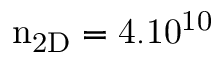
\mathrm { n _ { 2 D } = 4 . 1 0 ^ { 1 0 } }